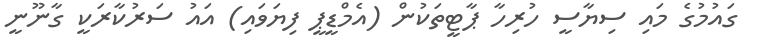
ގައުމުގެ މައި ސިޔާސީ ހުރިހާ ޕާޓީތަކުން (އެމްޑީޕީ ފިޔަވައި) އައު ސަރުކާރަކީ ގާނޫނީ